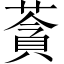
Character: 𦹳